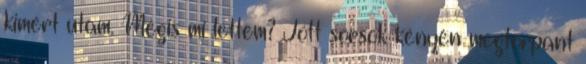
kimért utam. Mégis mi lettem? Jött sorsok kényén megtorpant